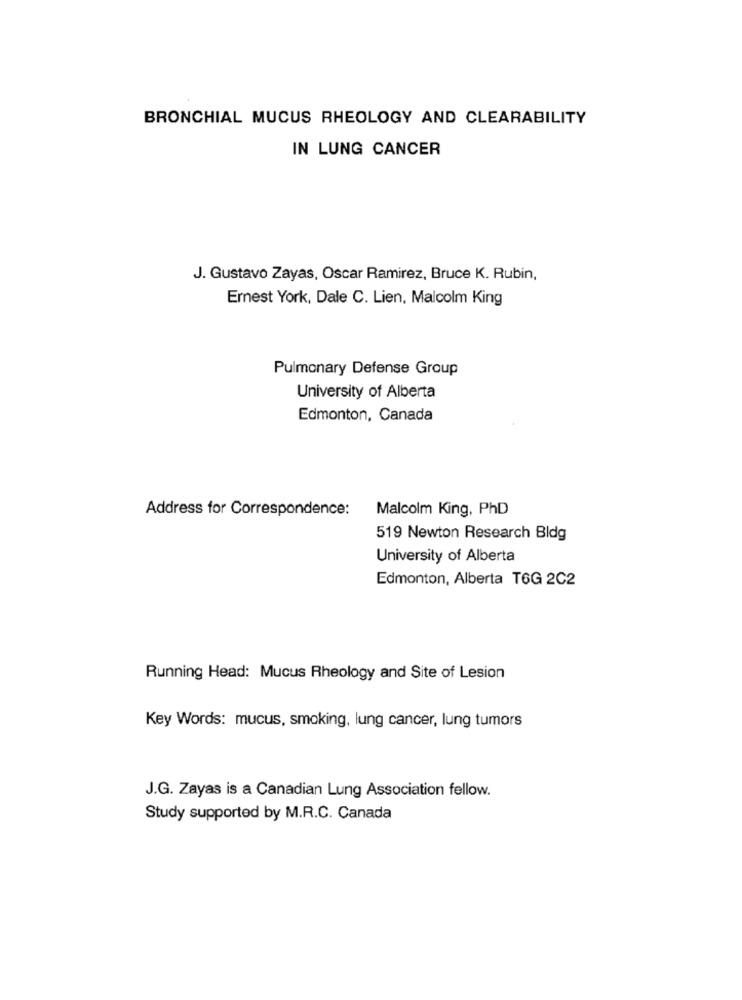
BRONCHIAL MUCUS RHEOLOGY AND CLEARABILITY
IN LUNG CANCER
J. Gustavo Zayas, Oscar Ramirez, Bruce K. Rubin,
Ernest York, Dale C. Lien, Malcolm King
Pulmonary Defense Group
University of Alberta
Edmonton, Canada
Address for Correspondence:
Malcolm King, PhD
519 Newton Research Bldg
University of Alberta
Edmonton, Alberta T6G 2C2
Running Head: Mucus Rheology and Site of Lesion
Key Words: mucus, smoking, lung cancer, lung tumors
J.G. Zayas is a Canadian Lung Association fellow.
Study supported by M.R.C. Canada